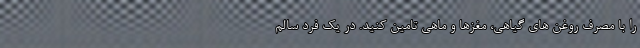
را با مصرف روغن های گیاهی، مغزها و ماهی تامین کنید. در یک فرد سالم